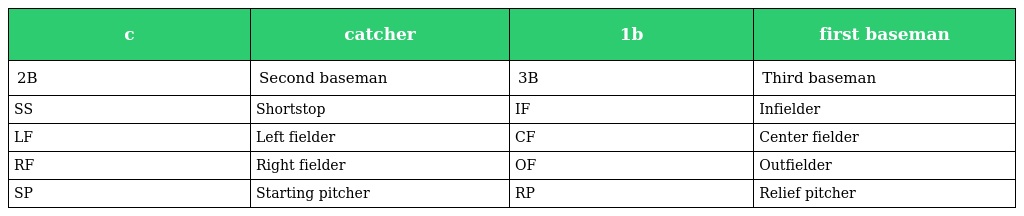
| c | catcher | 1b | first baseman |
 | --- | --- | --- | --- |
 | 2B | Second baseman | 3B | Third baseman |
 | SS | Shortstop | IF | Infielder |
 | LF | Left fielder | CF | Center fielder |
 | RF | Right fielder | OF | Outfielder |
 | SP | Starting pitcher | RP | Relief pitcher |